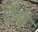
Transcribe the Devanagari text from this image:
देँगे